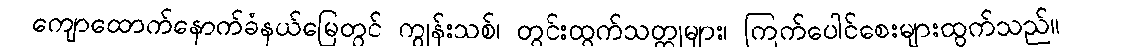
ကျောထောက်နောက်ခံနယ်မြေတွင် ကျွန်းသစ်၊ တွင်းထွက်သတ္တုများ၊ ကြက်ပေါင်စေးများထွက်သည်။